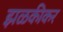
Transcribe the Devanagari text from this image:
झळकीकर